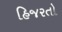
હિજરતો